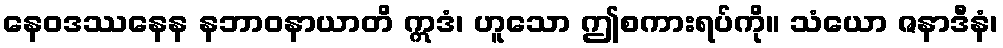
နေဝဒဿနေန နဘာဝနာယာတိ ဣဒံ၊ ဟူသော ဤစကားရပ်ကို။ သံယော ဇနာဒီနံ၊